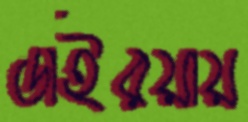
ডাইরয়ায়